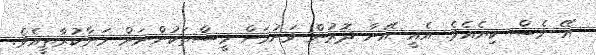
އޭ ވެސް ކިޔެއެވެ. އެއީ އޭނާ ދޮރުން ވަނުމަށް މީސްތަކުންނަށް މަނާކުރާތީއެވެ.